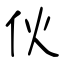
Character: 伙